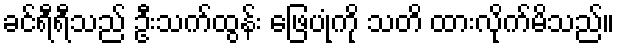
ခင်ရီရီသည် ဦးသက်ထွန်း ဖြေပုံကို သတိ ထားလိုက်မိသည်။